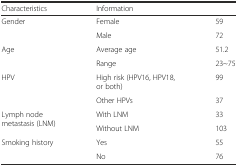
<table><thead><tr><td><b>Characteristics</b></td><td colspan="2"><b>Information</b></td></tr></thead><tbody><tr><td rowspan="2">Gender</td><td>Female</td><td>59</td></tr><tr><td>Male</td><td>72</td></tr><tr><td rowspan="2">Age</td><td>Average age</td><td>51.2</td></tr><tr><td>Range</td><td>23~75</td></tr><tr><td rowspan="2">HPV</td><td>High risk (HPV16, HPV18, or both)</td><td>99</td></tr><tr><td>Other HPVs</td><td>37</td></tr><tr><td rowspan="2">Lymph node metastasis (LNM)</td><td>With LNM</td><td>33</td></tr><tr><td>Without LNM</td><td>103</td></tr><tr><td rowspan="2">Smoking history</td><td>Yes</td><td>55</td></tr><tr><td>No</td><td>76</td></tr></tbody></table>